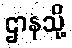
ဌာနသို့